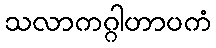
သလာကဂ္ဂါဟာပကံ